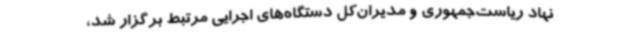
نهاد ریاست‌جمهوری و مدیران‌کل دستگاه‌های اجرایی مرتبط برگزار شد،